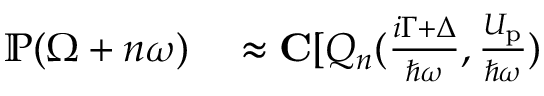
\begin{array} { r l } { \mathbb { P } ( \Omega + n \omega ) } & { { } \approx { \bf C } [ Q _ { n } ( \frac { i \Gamma + \Delta } { \hbar \omega } , \frac { U _ { \mathrm { p } } } { \hbar \omega } ) } \end{array}